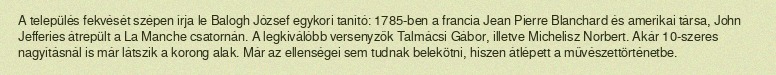
A település fekvését szépen írja le Balogh József egykori tanító: 1785-ben a francia Jean Pierre Blanchard és amerikai társa, John Jefferies átrepült a La Manche csatornán. A legkiválóbb versenyzők Talmácsi Gábor, illetve Michelisz Norbert. Akár 10-szeres nagyításnál is már látszik a korong alak. Már az ellenségei sem tudnak belekötni, hiszen átlépett a művészettörténetbe.